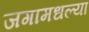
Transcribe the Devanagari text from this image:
जगामधल्या